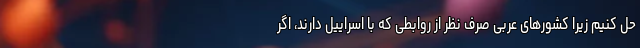
حل کنیم زیرا کشورهای عربی صرف نظر از روابطی که با اسراییل دارند، اگر